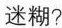
迷糊?